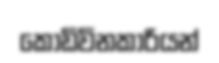
කොඩිවිනකාරියන්